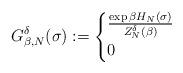
LaTeX: \begin{align*}G_{\beta,N}^\delta(\sigma):=\begin{cases}\frac{\exp\beta H_N(\sigma)}{Z^\delta_{N}(\beta)}\ &\\0 \ &\end{cases}\end{align*}